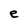
Character: e